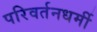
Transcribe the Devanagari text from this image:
परिवर्तनधर्मी